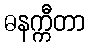
ဓနက္ကီတာ